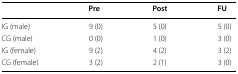
<table><thead><tr><td></td><td><b>Pre</b></td><td><b>Post</b></td><td><b>FU</b></td></tr></thead><tbody><tr><td>IG (male)</td><td>9 (0)</td><td>5 (0)</td><td>5 (0)</td></tr><tr><td>CG (male)</td><td>0 (0)</td><td>1 (0)</td><td>3 (0)</td></tr><tr><td>IG (female)</td><td>9 (2)</td><td>4 (2)</td><td>3 (2)</td></tr><tr><td>CG (female)</td><td>3 (2)</td><td>2 (1)</td><td>3 (0)</td></tr></tbody></table>